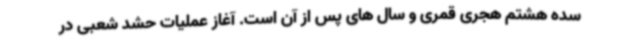
سده هشتم هجری قمری و سال های پس از آن است. آغاز عملیات حشد شعبی در